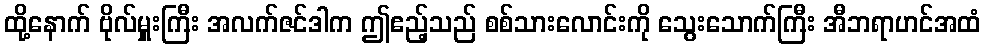
ထို့နောက် ဗိုလ်မှူးကြီး အလက်ဇင်ဒါက ဤဧည့်သည် စစ်သားလောင်းကို သွေးသောက်ကြီး အီဘရာဟင်အထံ